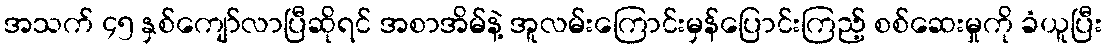
အသက် ၄၅ နှစ်ကျော်လာပြီဆိုရင် အစာအိမ်နဲ့ အူလမ်းကြောင်းမှန်ပြောင်းကြည့် စစ်ဆေးမှုကို ခံယူပြီး